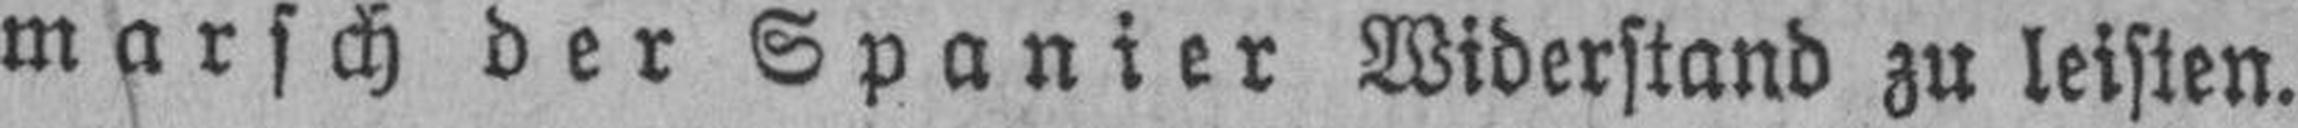
marsch der Spanier Widerstand zu leisten.